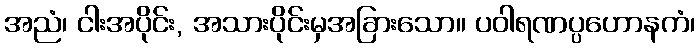
အညံ၊ ငါးအပိုင်း, အသားပိုင်းမှအခြားသော။ ပဝါရဏပ္ပဟောနကံ၊